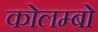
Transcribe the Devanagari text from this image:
कोलम्‍बो